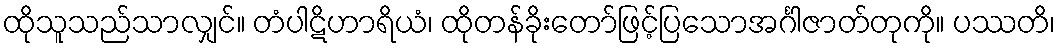
ထိုသူသည်သာလျှင်။ တံပါဋိဟာရိယံ၊ ထိုတန်ခိုးတော်ဖြင့်ပြသောအင်္ဂါဇာတ်တုကို။ ပဿတိ၊